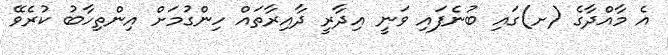
އެ މާއްދާގެ (ށ)ގައި ބުނެފައި ވަނީ އިދާރީ ދާއިރާތައް ހިންގުމަށް އިންތިހާބު ކުރެވޭ